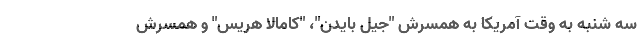
سه شنبه به وقت آمریکا به همسرش "جیل بایدن"، "کامالا هریس" و همسرش